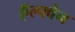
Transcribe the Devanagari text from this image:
ऍल्फ्वेन